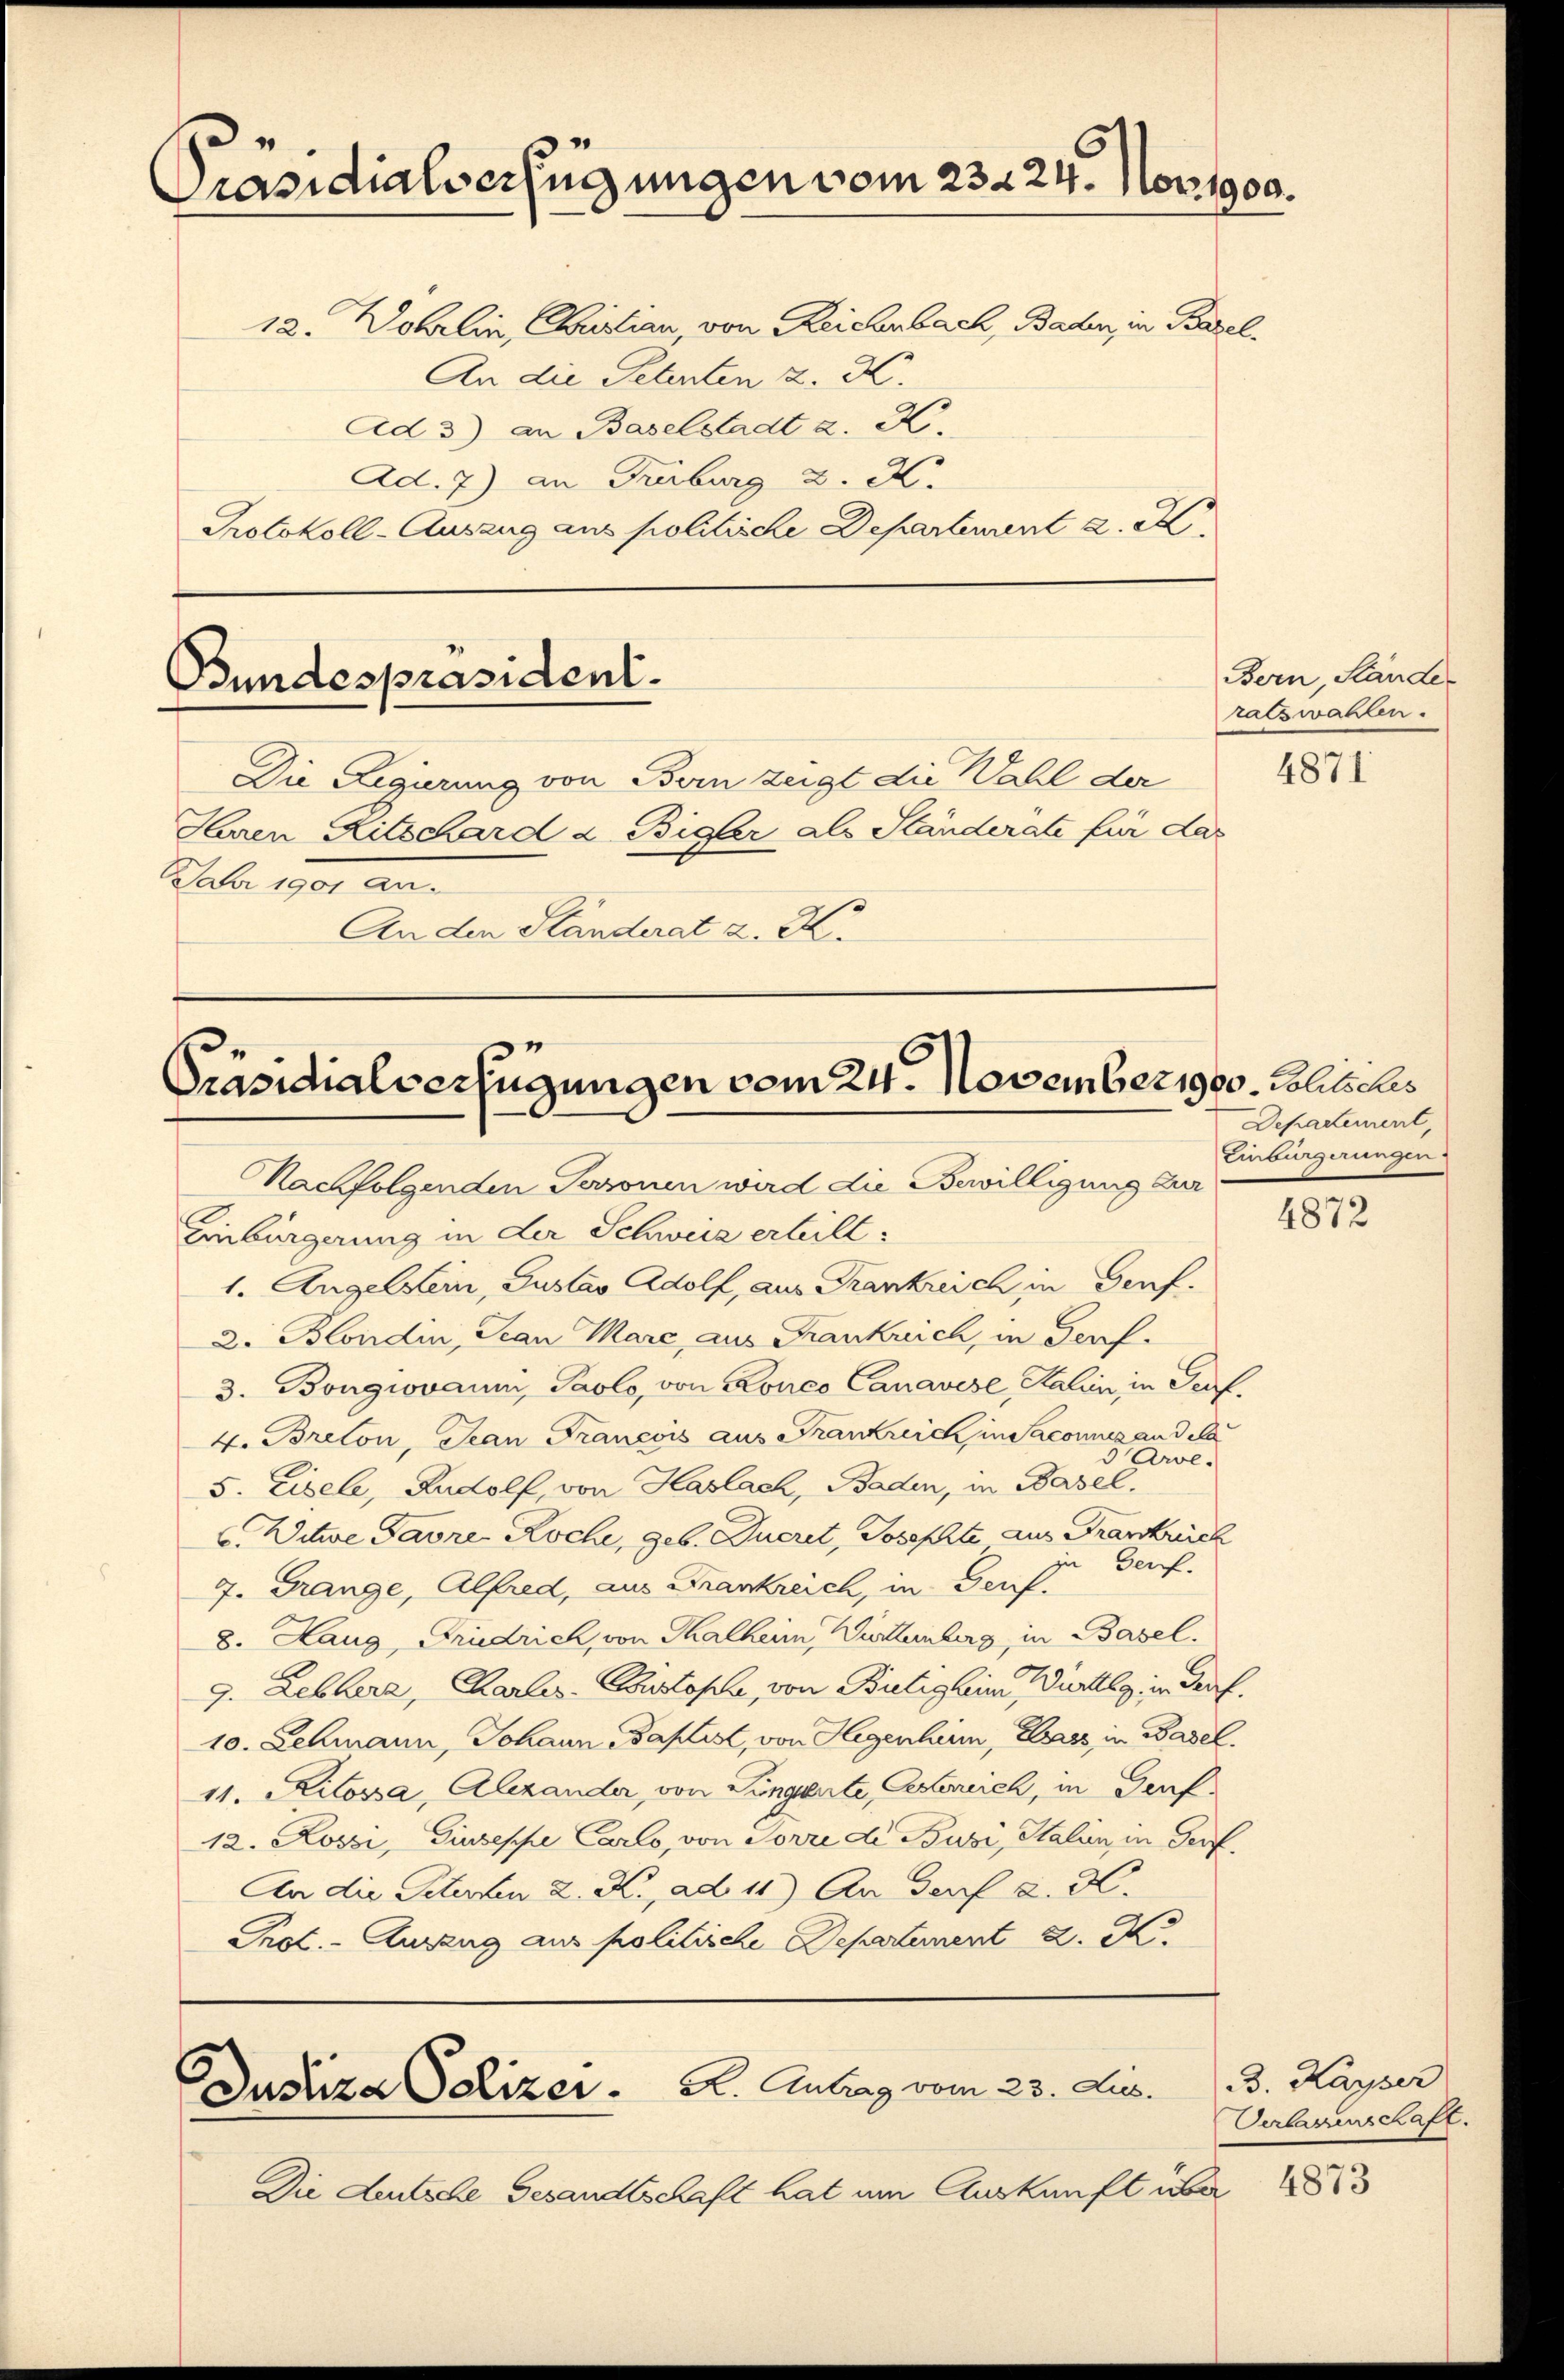
Präsidialverfügungen vom 23. 24. Novtgca.
12. Wohrlin, Christian, von Reichenbach, Baden, in Basel.
An die Petenten z. K.
Ad 3) an Baselstadt z. K.
Ad. 7) an Freiburg u. A.
Protokoll-Auszug aus politische Departement 2. X.

Bundespräsident.

Die Regierung von Bern zeigt die Wahl der
Heren Ritschard & Bigler als Ständerate für das
Dahr 1901 an.
An den Ständerat a. K.

Präsidialverfügungen vom 24. November 1900. Relils des

Die Deutsche Gesandtschaft hat um Auskunft über

Dustiza Polizer. K. Antrag vom 23. Jus

Bern, Stande
ratswahlen.

Nachfolgenden Personen wird die Bewilligung zur
Einbürgerung in der Schweiz erteilt:
1. Angelsein, Gustav Adolf, aus Frankreich in Genf.
2. Blondin, Jean Mare, aus Frankrich, in Dorf.
3. Bongiovanni, Paolo, von Ronco Canavise, Salien in Porf.
4. Breton, Jean Francois aus Frankreich in Saconus and da
5 Arve.
5. Eisele, Rudolf, von Haslach, Baden, in Basel.
C. Witwe Favre Roche, geb. Queret, Josephte aus Frankreich
Gerf.
7. Grange, Alfred, aus Frankreich, in Genf.
8. Haug, Friedrich, von Thalheim, Württemberg in Basel.
9. Leblera, Carls-Pistoph, von Bütighin urtllg in Prof.
10. Lehmann, Johann Baptist, von Hegenhim, Class in Basel.
11. Kilosa, Alexander, von Lungente, Gerich, in Dorf¬
12. Koszi, Giuseppe Carlo, von Sorre de Buzi, Salien, in Dorf¬
An die Peterten L. K. ad 11) An Dorf 2. X.
Prot. - Auszug aus politische Departement 2. K

4871

Departement,
Einbürgerungen.

4872

B. Kayser
Verlagenschaft.
4873